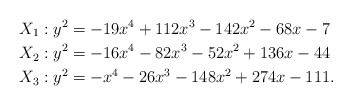
\begin{align*}&X_1 : y^2 = -19x^4 + 112x^3 - 142x^2 - 68x - 7\\&X_2 : y^2 = -16x^4 - 82x^3 - 52x^2 + 136x - 44\\&X_3 : y^2 = -x^4 - 26x^3 - 148x^2 + 274x - 111.\end{align*}